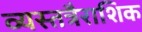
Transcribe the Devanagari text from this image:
व्यस्तत्रैराशिक